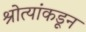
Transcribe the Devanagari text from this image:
श्रोत्यांकडून